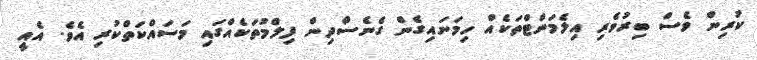
ކުރިން ވެސް ބިރުވެރި އިލެމަންޓްތަކެއް ހިމަނައިގެން ގެނެސްދިން ފިލްމުތަކެއްގައި މަސައްކަތްކުރި އެވެ. އެއީ